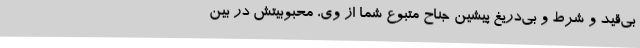
بی‌قید و شرط و بی‌دریغِ پیشینِ جناح متبوع شما از وی، محبوبیتش در بین